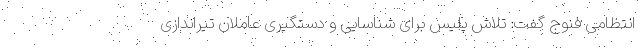
انتظامی فنوج گفت: تلاش پلیس برای شناسایی و دستگیری عاملان تیراندازی